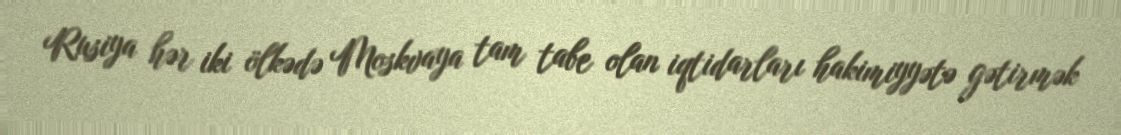
Rusiya hər iki ölkədə Moskvaya tam tabe olan iqtidarları hakimiyyətə gətirmək